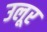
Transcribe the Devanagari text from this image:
उलूर